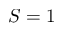
S = 1